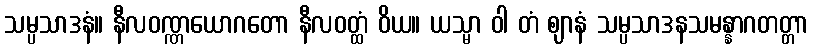
သမ္ပသာဒနံ။ နီလဝဏ္ဏယောဂတော နီလဝတ္ထံ ဝိယ။ ယသ္မာ ဝါ တံ ဈာနံ သမ္ပသာဒနသမန္နာဂတတ္တာ